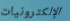
الإلكترونيات